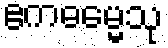
ဧကဓမ္မေသု